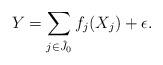
LaTeX: \begin{align*}Y=\sum_{j\in\hat{J}_0}f_j(X_j)+\epsilon.\end{align*}